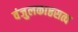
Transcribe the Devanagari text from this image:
वंजुलकाष्ठसत्व